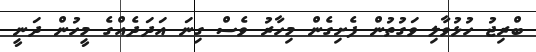
ބްރިޖު ހުޅުވާލި ވަގުތުން ފެށިގެން މިހާރު ވެސް ގިނަ އަދަދެއްގެ މީހުން ދަނީ